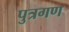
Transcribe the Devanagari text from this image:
पुत्रगण